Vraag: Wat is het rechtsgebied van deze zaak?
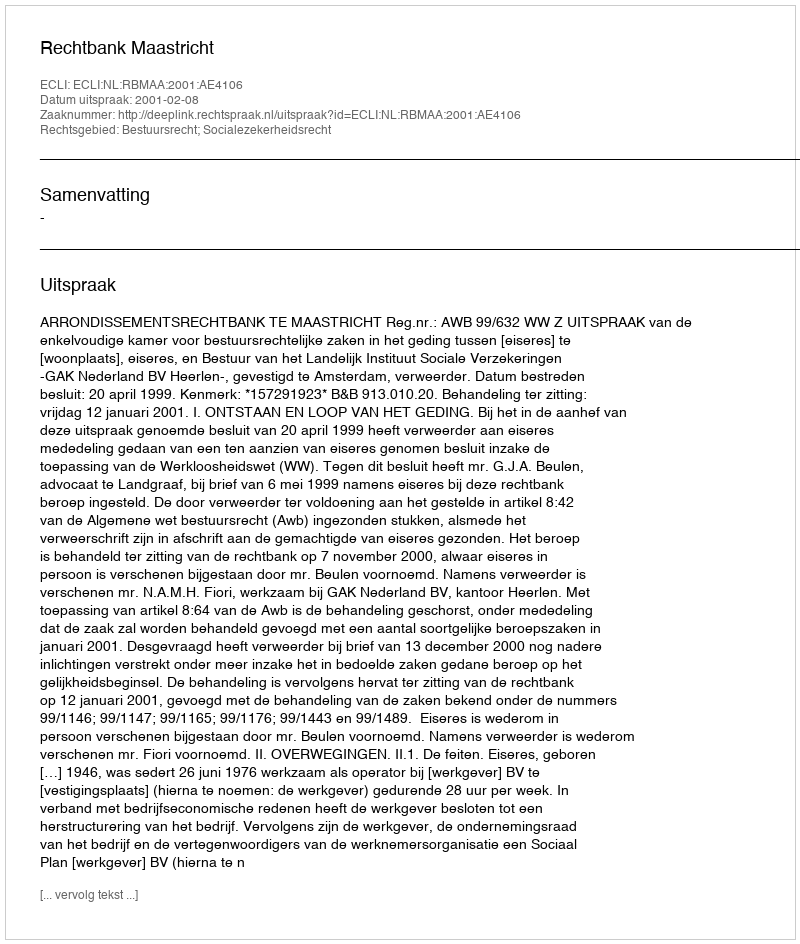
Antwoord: Bestuursrecht; Socialezekerheidsrecht